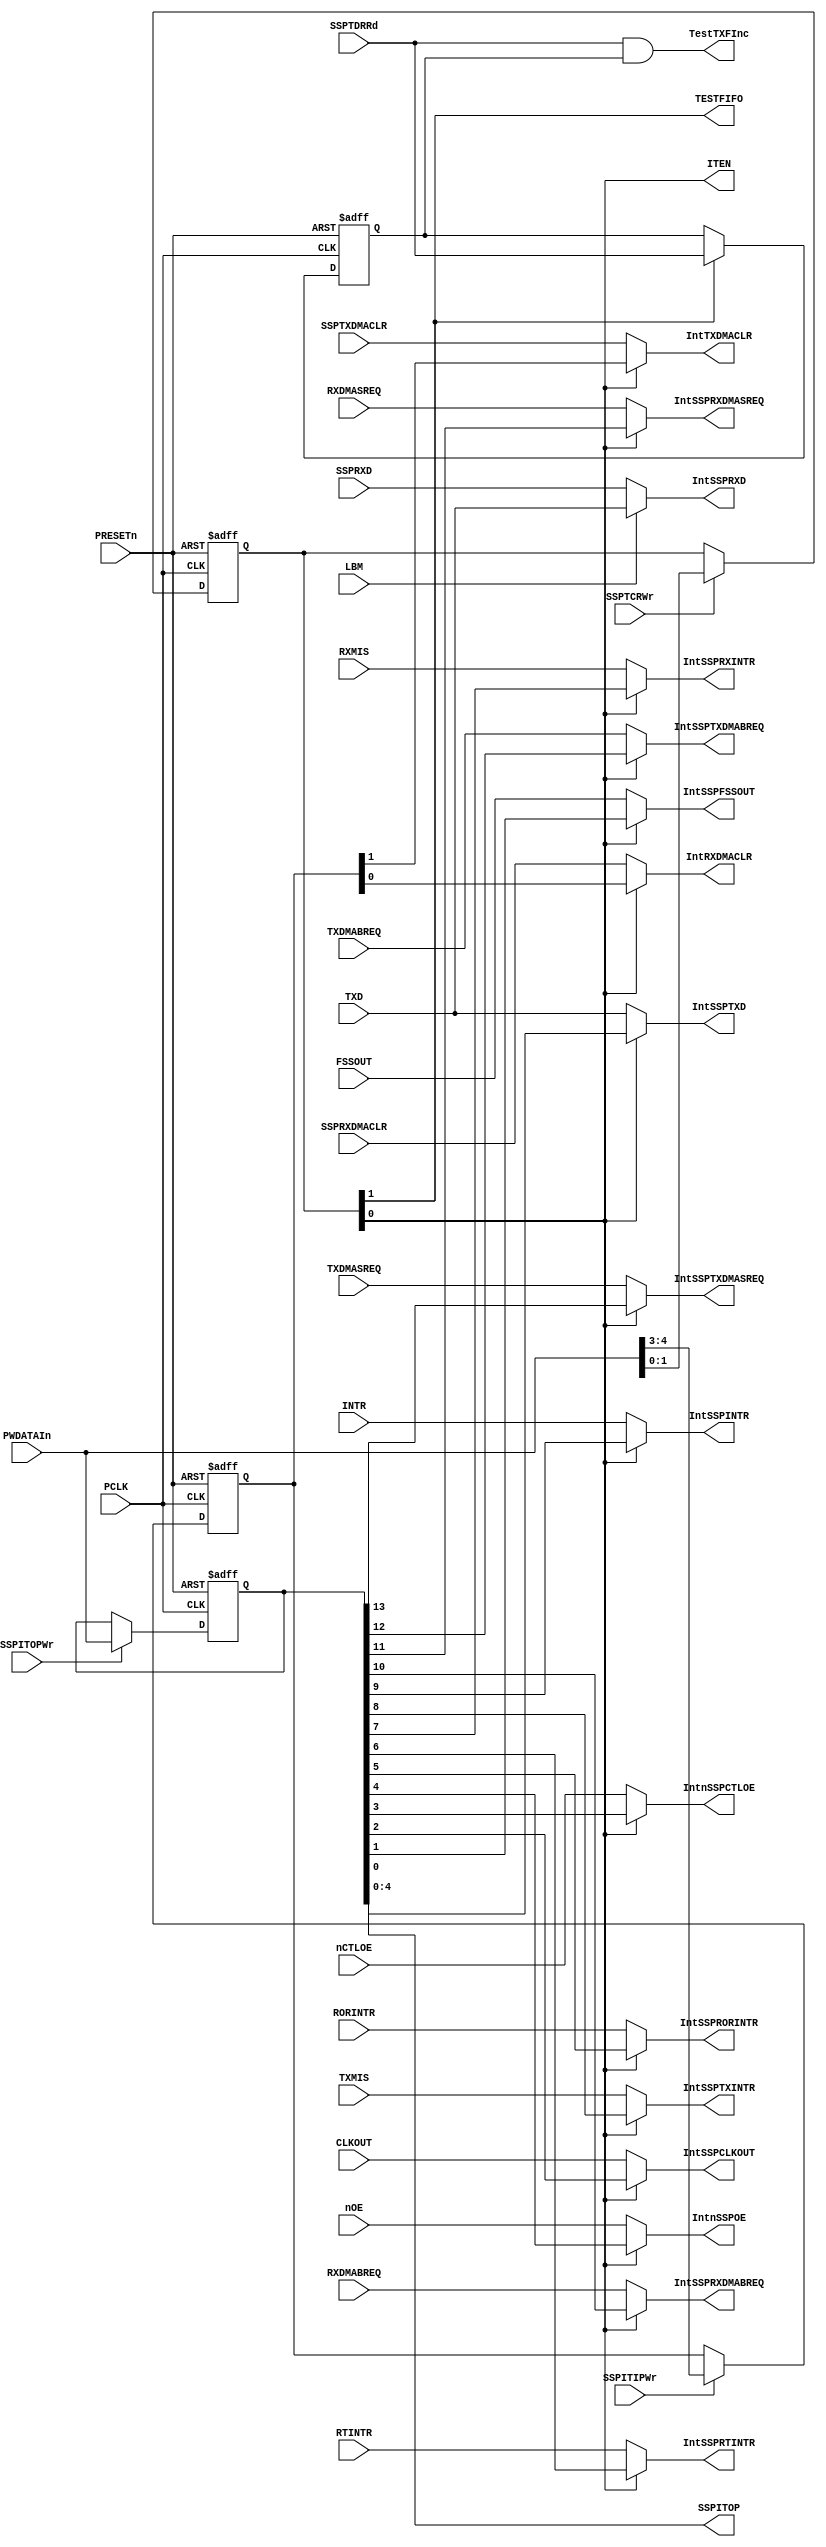
//-----------------------------------------------------------------------------
// The confidential and proprietary information contained in this file may
// only be used by a person authorised under and to the extent permitted
// by a subsisting licensing agreement from ARM Limited.
//
//            (C) COPYRIGHT 2007-2008 ARM Limited.
//                ALL RIGHTS RESERVED
//
// This entire notice must be reproduced on all copies of this file
// and copies of this file may only be made by a person if such person is
// permitted to do so under the terms of a subsisting license agreement
// from ARM Limited.
//  ----------------------------------------------------------------------------
//  Version and Release Control Information:
//
//  File Revision          : 20360
//
//  Release Information    : r1p3-00rel1
// -----------------------------------------------------------------------------

// -----------------------------------------------------------------------------
// Purpose      : Test logic to facilitate controlled clocking of the
//                design
// --=========================================================================--

module SspTest (
               PCLK,

               PRESETn,

               PWDATAIn,

               LBM,

               SSPRXD,

               TXMIS,
               RXMIS,
               RORINTR,
               RTINTR,
               INTR,

               TXDMASREQ,
               TXDMABREQ,
               RXDMASREQ,
               RXDMABREQ,

               FSSOUT,
               CLKOUT,
               TXD,
               nCTLOE,
               nOE,

               SSPTCRWr,
               SSPITIPWr,
               SSPITOPWr,
               SSPTDRRd,
               SSPTXDMACLR,
               SSPRXDMACLR,

               IntSSPRXD,


               IntTXDMACLR,
               IntRXDMACLR,

               IntSSPTXDMASREQ,
               IntSSPTXDMABREQ,
               IntSSPRXDMASREQ,
               IntSSPRXDMABREQ,
               IntSSPINTR,
               IntSSPTXINTR,
               IntSSPRXINTR,
               IntSSPRTINTR,
               IntSSPRORINTR,

               IntSSPFSSOUT,
               IntSSPCLKOUT,
               IntSSPTXD,
               IntnSSPCTLOE,
               IntnSSPOE,

               SSPITOP,

               TESTFIFO,
               ITEN,

               TestTXFInc
              );

input         PCLK;              // APB bus clock

input         PRESETn;           // AMBA bus reset

input [13:0]  PWDATAIn;          // Int PWDATA

input         LBM;               // Loopback mode

input         SSPRXD;            // Serial receive input (pad)

input         TXMIS;             // TX interrupt signal
input         RXMIS;             // RX interrupt signal
input         RORINTR;           // Receive Over Run signal
input         RTINTR;            // Receive Time Out signal
input         INTR;              // Combined interrupt signal

input         TXDMASREQ;         //  TX DMA Single Request
input         TXDMABREQ;         //  TX DMA Burst  Request
input         RXDMASREQ;         //  RX DMA Single Request
input         RXDMABREQ;         //  RX DMA Burst  Request

input         FSSOUT;            // Serial FrameOut signal
input         CLKOUT;            // Serial Clock signal
input         TXD;               // Serial Transmit signal
input         nCTLOE;            // SSP Control Enable signal
input         nOE;               // SSP Data Enable signal

input         SSPTCRWr;          // Write enable for SSPTCR
input         SSPITIPWr;         // Write enable for SSPITIP
input         SSPITOPWr;         // Write enable for SSPITOP
input         SSPTDRRd;          // Read  enable for SSPTDR
input         SSPTXDMACLR;       // TX DMA Clear
input         SSPRXDMACLR;       // RX DMA Clear

output        IntSSPRXD;         // SSPRXD   loop back mode test mux


output        IntTXDMACLR;       // SSPTXDMACLR  test mux output ITIP(4)
output        IntRXDMACLR;       // SSPRXDMACLR  test mux output ITIP(3)

output        IntSSPTXDMASREQ;   // SSPTXDMASREQ test mux output ITOP(13)
output        IntSSPTXDMABREQ;   // SSPTXDMABREQ test mux output ITOP(12)
output        IntSSPRXDMASREQ;   // SSPRXDMASREQ test mux output ITOP(11)
output        IntSSPRXDMABREQ;   // SSPRXDMABREQ test mux output ITOP(10)
output        IntSSPINTR;        // INTR         test mux output ITOP(9)
output        IntSSPTXINTR;      // TXINTR       test mux output ITOP(8)
output        IntSSPRXINTR;      // RXINTR       test mux output ITOP(7)
output        IntSSPRTINTR;      // RTINTR       test mux output ITOP(6)
output        IntSSPRORINTR;     // RORINTR      test mux output ITOP(5)

output        IntSSPFSSOUT;      // FSSOUT       test mux output ITOP(4)
output        IntSSPCLKOUT;      // CLKOUT       test mux output ITOP(3)
output        IntSSPTXD;         // SSPTXD       test mux output ITOP(2)
output        IntnSSPCTLOE;      // SSPCTLOE     test mux output ITOP(1)
output        IntnSSPOE;         // SSPOE        test mux output ITOP(0)

output [4:0]  SSPITOP;           // SSPITOP Register output

output        TESTFIFO;          // SSPTCR Bit 1
output        ITEN;              // SSPTCR Bit 0
output        TestTXFInc;        //  Read pointer increment signal for Tx fifo

// -----------------------------------------------------------------------------
//                               SspTest
//                               =======
// -----------------------------------------------------------------------------
// Overview
// ========
// This module contains the Test mode registers. It performs the following
// functions :

// -----------------------------------------------------------------------------
// Register declarations
// -----------------------------------------------------------------------------

reg [1:0]   SSPTCR;
// SSP Test Control Register

reg [4:3]   SSPITIP;
// SSP Integration test input Register

reg [13:0]  iSSPITOP;
// SSP Integration test output Register

reg [1:0]   NextSSPTCR;
// D-input of iSSPTCR

reg [4:3]   NextSSPITIP;
// D-input of SSPITIP

reg [13:0]  NextiSSPITOP;
// D-input of iSSPITOP

reg delSSPTDRRd;
// delayed version of SSPTDRRd

reg NextdelSSPTDRRd;
// D-input of SSPTDRRd

// TESTFIFO;
// Test Signal to enable writing into Rx fifo and read from Tx fifo
// Test Fifo signal allows data to be written to the Rx fifo and
// read  from the Tx fifo.  When set to 0 the Tx fifo can only be
// written to and the Rx fifo read from.

// -----------------------------------------------------------------------------
// Test control signals
// -----------------------------------------------------------------------------

// ITEN;
// Integration test enable. When set to 1, the SSPITIP and
// iSSPITOP registers are used to read/write values to the inputs
// and outputs.

// -----------------------------------------------------------------------------
//
// Main body of code
// =================
//
// -----------------------------------------------------------------------------

assign ITEN      = SSPTCR[0];
assign TESTFIFO  = SSPTCR[1];
assign SSPITOP   = iSSPITOP[4:0];

// -----------------------------------------------------------------------------
// Write interface for Test mode Registers
// -----------------------------------------------------------------------------
always @(SSPTCRWr or PWDATAIn or SSPTCR or SSPITIPWr or SSPITIP or SSPITOPWr or
                 iSSPITOP)
begin : p_Comb
  if (SSPTCRWr)
    NextSSPTCR = PWDATAIn[1:0];
  else
    NextSSPTCR = SSPTCR;

  if (SSPITIPWr)
    NextSSPITIP = PWDATAIn[4:3];
  else
    NextSSPITIP = SSPITIP;

  if (SSPITOPWr)
    NextiSSPITOP = PWDATAIn[13:0];
  else
    NextiSSPITOP = iSSPITOP;
end // p_Comb;

// -----------------------------------------------------------------------------
// Test mode Registers
// -----------------------------------------------------------------------------
always @(posedge PCLK or negedge PRESETn)
begin : p_Seq
  if(~PRESETn)
  begin
    SSPTCR  <= 2'b00;
    SSPITIP <= 2'b00;
    iSSPITOP <= 14'b00000000000000;
  end
  else
  begin
    SSPTCR  <= NextSSPTCR;
    SSPITIP <= NextSSPITIP;
    iSSPITOP <= NextiSSPITOP;
  end
end // p_Seq;

// ---------------------------------------------------------------------
// Generate Read pointer Increment signals for TestFifo
// mode when reading from the Tx fifo.
// ---------------------------------------------------------------------

always @(SSPTCR or SSPTDRRd or delSSPTDRRd)
begin : p_TXTestFptrIncComb
  if (SSPTCR[1])
    NextdelSSPTDRRd = SSPTDRRd;
  else
    NextdelSSPTDRRd = delSSPTDRRd;
end // p_TXTestFptrIncComb;

always @(posedge PCLK or negedge PRESETn)
begin : p_TXTestFptrIncSeq
  if(~PRESETn)
    delSSPTDRRd <= 1'b0;
  else
    delSSPTDRRd <= NextdelSSPTDRRd;
end // p_TXTestFptrIncSeq;


assign TestTXFInc = SSPTDRRd & delSSPTDRRd;

// -----------------------------------------------------------------------------
// If the LBM input is asserted, IntSSPRXD is connected to TXD to
// implement loopback, else connected to SSPRXD pad input.
// -----------------------------------------------------------------------------

assign IntSSPRXD  = (LBM == 1'b1) ? TXD : SSPRXD;

// --------------------------------------------------------------------
// Intra chip inputs.
// If SSPTCR[0] (Integration test enable bit) is high, the SSPITIP
// register value is used; else the functional mode input is driven on
// the DMACLR signals.
// --------------------------------------------------------------------

assign IntTXDMACLR = (SSPTCR[0] == 1'b1) ? SSPITIP[4] : SSPTXDMACLR;

assign IntRXDMACLR = (SSPTCR[0] == 1'b1) ? SSPITIP[3] : SSPRXDMACLR;

// --------------------------------------------------------------------
// Intra chip outputs.
// If SSPTCR[0] ITEN (Integration test enable bit) is high,the iSSPITOP
// register value is used; else the functional mode value is driven
// on to the port.
// --------------------------------------------------------------------

assign IntSSPTXDMASREQ = (SSPTCR[0] == 1'b1) ? iSSPITOP[13] : TXDMASREQ;

assign IntSSPTXDMABREQ = (SSPTCR[0] == 1'b1) ? iSSPITOP[12] : TXDMABREQ;

assign IntSSPRXDMASREQ = (SSPTCR[0] == 1'b1) ? iSSPITOP[11] : RXDMASREQ;

assign IntSSPRXDMABREQ = (SSPTCR[0] == 1'b1) ? iSSPITOP[10] : RXDMABREQ;

assign IntSSPINTR      = (SSPTCR[0] == 1'b1) ? iSSPITOP[9]  : INTR;

assign IntSSPTXINTR    = (SSPTCR[0] == 1'b1) ? iSSPITOP[8]  : TXMIS;

assign IntSSPRXINTR    = (SSPTCR[0] == 1'b1) ? iSSPITOP[7]  : RXMIS;

assign IntSSPRTINTR    = (SSPTCR[0] == 1'b1) ? iSSPITOP[6]  : RTINTR;

assign IntSSPRORINTR   = (SSPTCR[0] == 1'b1) ? iSSPITOP[5]  : RORINTR;

// --------------------------------------------------------------------
// Primary Output Mux
// If SSPTCR[0] ITEN (Integration test enable bit) is high,the iSSPITOP
// register value is used; else the functional mode value is driven
// on to the pin.
// --------------------------------------------------------------------


assign IntnSSPOE       = (SSPTCR[0] == 1'b1) ? iSSPITOP[4] : nOE;

assign IntnSSPCTLOE    = (SSPTCR[0] == 1'b1) ? iSSPITOP[3] : nCTLOE;

assign IntSSPCLKOUT    = (SSPTCR[0] == 1'b1) ? iSSPITOP[2] : CLKOUT;

assign IntSSPFSSOUT    = (SSPTCR[0] == 1'b1) ? iSSPITOP[1] : FSSOUT;

assign IntSSPTXD       = (SSPTCR[0] == 1'b1) ? iSSPITOP[0] : TXD;

endmodule

// --===================================== End ===============================--